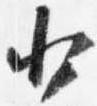
少